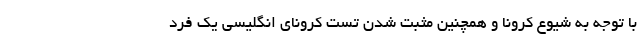
با توجه به شیوع کرونا و همچنین مثبت شدن تست کرونای انگلیسی یک فرد